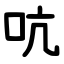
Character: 吭